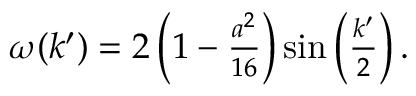
\begin{array} { r } { \omega ( k ^ { \prime } ) = 2 \left( 1 - \frac { a ^ { 2 } } { 1 6 } \right) \sin \left( \frac { k ^ { \prime } } { 2 } \right) . } \end{array}